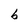
Character: b